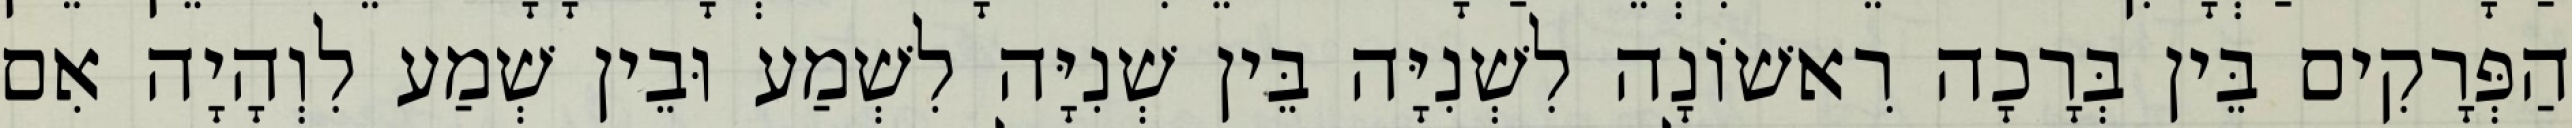
הַפְּרָקִים בֵּין בְּרָכָה רִאשׁוֹנָה לִשְׁנִיָּה בֵּין שְׁנִיָּה לִשְׁמַע וּבֵין שְׁמַע לִוְהָיָה אִם